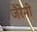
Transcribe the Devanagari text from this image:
जैरेमी